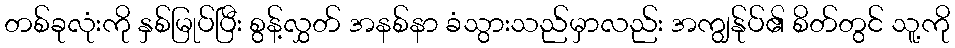
တစ်ခုလုံးကို နှစ်မြုပ်ပြီး စွန့်လွှတ် အနစ်နာ ခံသွားသည်မှာလည်း အကျွန်ုပ်၏ စိတ်တွင် သူ့ကို